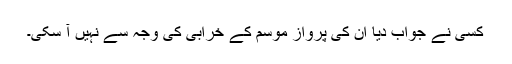
کسی نے جواب دیا ان کی پرواز موسم کے خرابی کی وجہ سے نہیں آ سکی۔